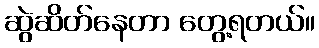
ဆွဲဆိတ်နေတာ တွေ့ရတယ်။